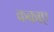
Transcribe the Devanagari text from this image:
ककाए